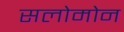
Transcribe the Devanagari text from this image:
सलोमोन